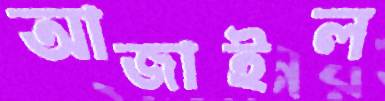
আজাইল